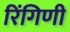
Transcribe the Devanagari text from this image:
रिंगिणी